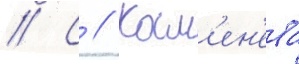
// С // Кам'ен'ева